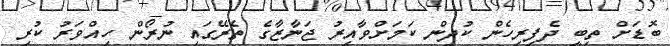
ބޮޑަށް ތިބީ ދެފިރިހެން ކުދިން ކަމަށްވާއިރު ޖަނާޒާގެ ތެރޭގައި ނުރޯން ހިއްވަރު ކުރި